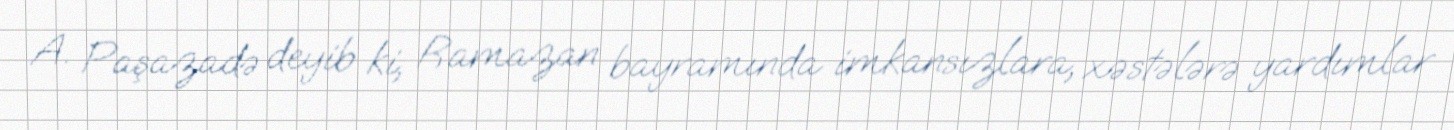
A. Paşazadə deyib ki, Ramazan bayramında imkansızlara, xəstələrə yardımlar